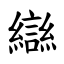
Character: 䜌